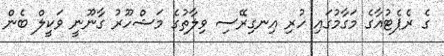
ގެ ރެޕެޓުއާގެ މަގާމުގައި ހުރި އިނގިރޭސި ވިލާތުގެ މަޝްހޫރު ގާނޫނީ ވަކީލް ބެން